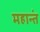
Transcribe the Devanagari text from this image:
महान्तं